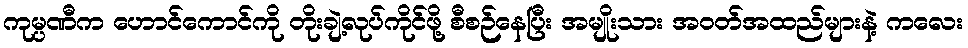
ကုမ္ပဏီက ဟောင်ကောင်ကို တိုးချဲ့လုပ်ကိုင်ဖို့ စီစဉ်နေပြီး အမျိုးသား အဝတ်အထည်များနဲ့ ကလေး